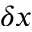
\delta x